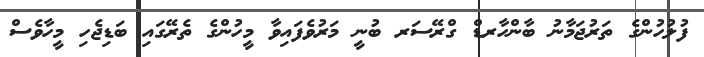
ފުލުހުންގެ ތަރުޖަމާނު ބާންހާރޑް ގްރޭސަރ ބުނީ މަރުވެފައިވާ މީހުންގެ ތެރޭގައި ބަޑިޖެހި މީހާވެސް